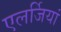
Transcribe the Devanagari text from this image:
एलर्जियां